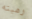
رميته